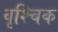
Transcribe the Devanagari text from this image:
वृश्‍चिक